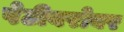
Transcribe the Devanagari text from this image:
पेटीबरोबर